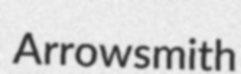
Arrowsmith